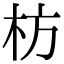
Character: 枋